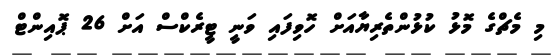
މި މެޗްގެ މޮޅު ކުޅުންތެރިޔާއަށް ހޮވިފައި ވަނީ ޓީރެކްސް އަށް 26 ޕޮއިންޓް